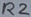
Text: R2